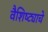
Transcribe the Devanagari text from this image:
वैशिष्ट्याचे